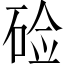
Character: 硷